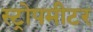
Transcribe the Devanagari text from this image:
स्ट्रोपमीटर